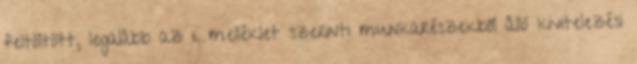
feltöltött, legalább az 1. melléklet szerinti munkarészekből álló kivitelezési